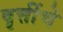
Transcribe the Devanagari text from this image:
वृत्तींचे